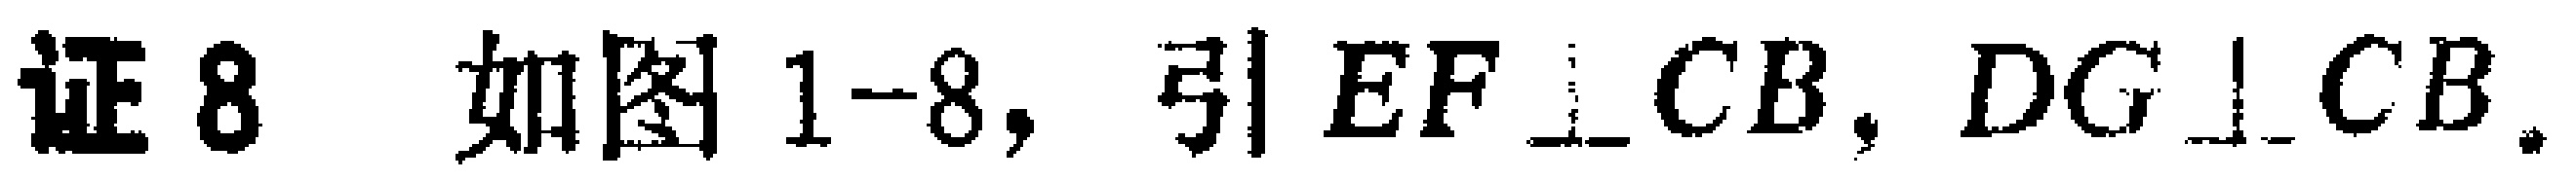
证8 如图1-8，引 \(EF\perp CB\)，\(DG\perp CB\)。